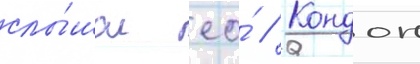
слы́шал ео́ // Кондон